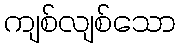
ကျစ်လျစ်သော